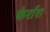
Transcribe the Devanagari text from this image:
फेर्रारा